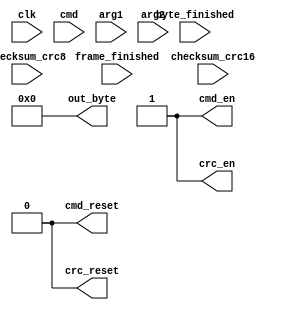
module brain(
    input clk,
    input byte_finished,
    input frame_finished,
    input [7:0] cmd,
    input [7:0] arg1,
    input [7:0] arg2,
    input [7:0] checksum_crc8,
    input [15:0] checksum_crc16,
    output reg cmd_reset = 1'b0,
    output reg crc_reset = 1'b0,
    output reg cmd_en = 1'b1,
    output reg crc_en = 1'b1,
    output reg [7:0] out_byte = 8'h00
);
    localparam [7:0] AWAITING_INIT_CMD = 8'h01;
    localparam [7:0] INITIALIZING_RAM = 8'h02;
endmodule